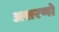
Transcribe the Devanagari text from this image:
अशरणो